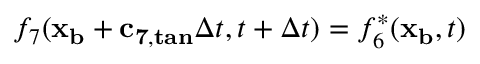
f _ { 7 } ( \mathbf { x _ { b } } + \mathbf { c _ { 7 , t a n } } \Delta t , t + \Delta t ) = f _ { 6 } ^ { * } ( \mathbf { x _ { b } } , t )